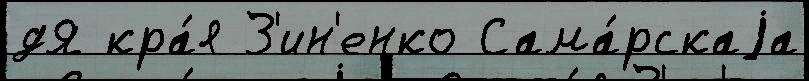
дЯ кра́я З'ин'енко Сама́рскаjа